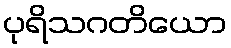
ပုရိသဂတိယော